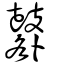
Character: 鼛